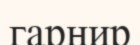
гарнир